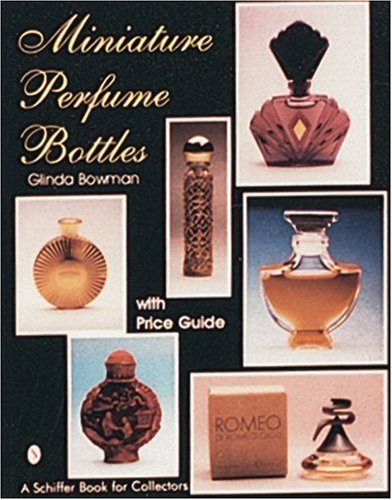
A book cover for Miniature Perfume Bottles (A Schiffer Book for Collectors); Glinda Bowman; Crafts, Hobbies & Home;